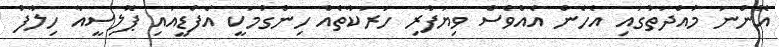
އޮންނަ މުއްދަތުގައި އެހެން އެއްވެސް ވިޔަފާރި ހަރަކާތެއް ހިންގުމަކީ އެފްޑީއައި ޕޮލިސީއާ ހިލާފު